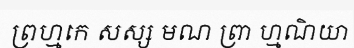
ព្រហ្មកេ សស្ស មណ ព្រា ហ្មណិយា